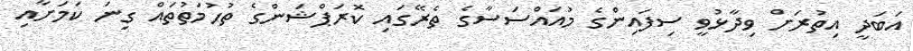
އަބަދީ އިތުރަށް ވިދާޅުވީ ސިފައިންގެ މުއައްސަސާގެ ތެރޭގައި ކޮރަޕްޝަންގެ ތުހުމަތުތައް ގިނަ ކަމަށާއި